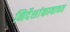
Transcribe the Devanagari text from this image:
निर्देशांकाबाबत